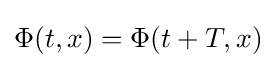
\Phi (t,x)=\Phi (t+T,x)